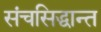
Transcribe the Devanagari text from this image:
संचसिद्धान्त